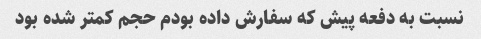
نسبت به دفعه پیش که سفارش داده بودم حجم کمتر شده بود